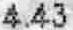
4.43